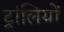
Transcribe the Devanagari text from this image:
ट्रांलियों